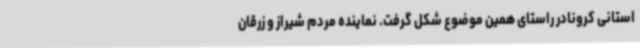
استانی کرونادر راستای همین موضوع شکل گرفت. نماینده مردم شیراز و زرقان